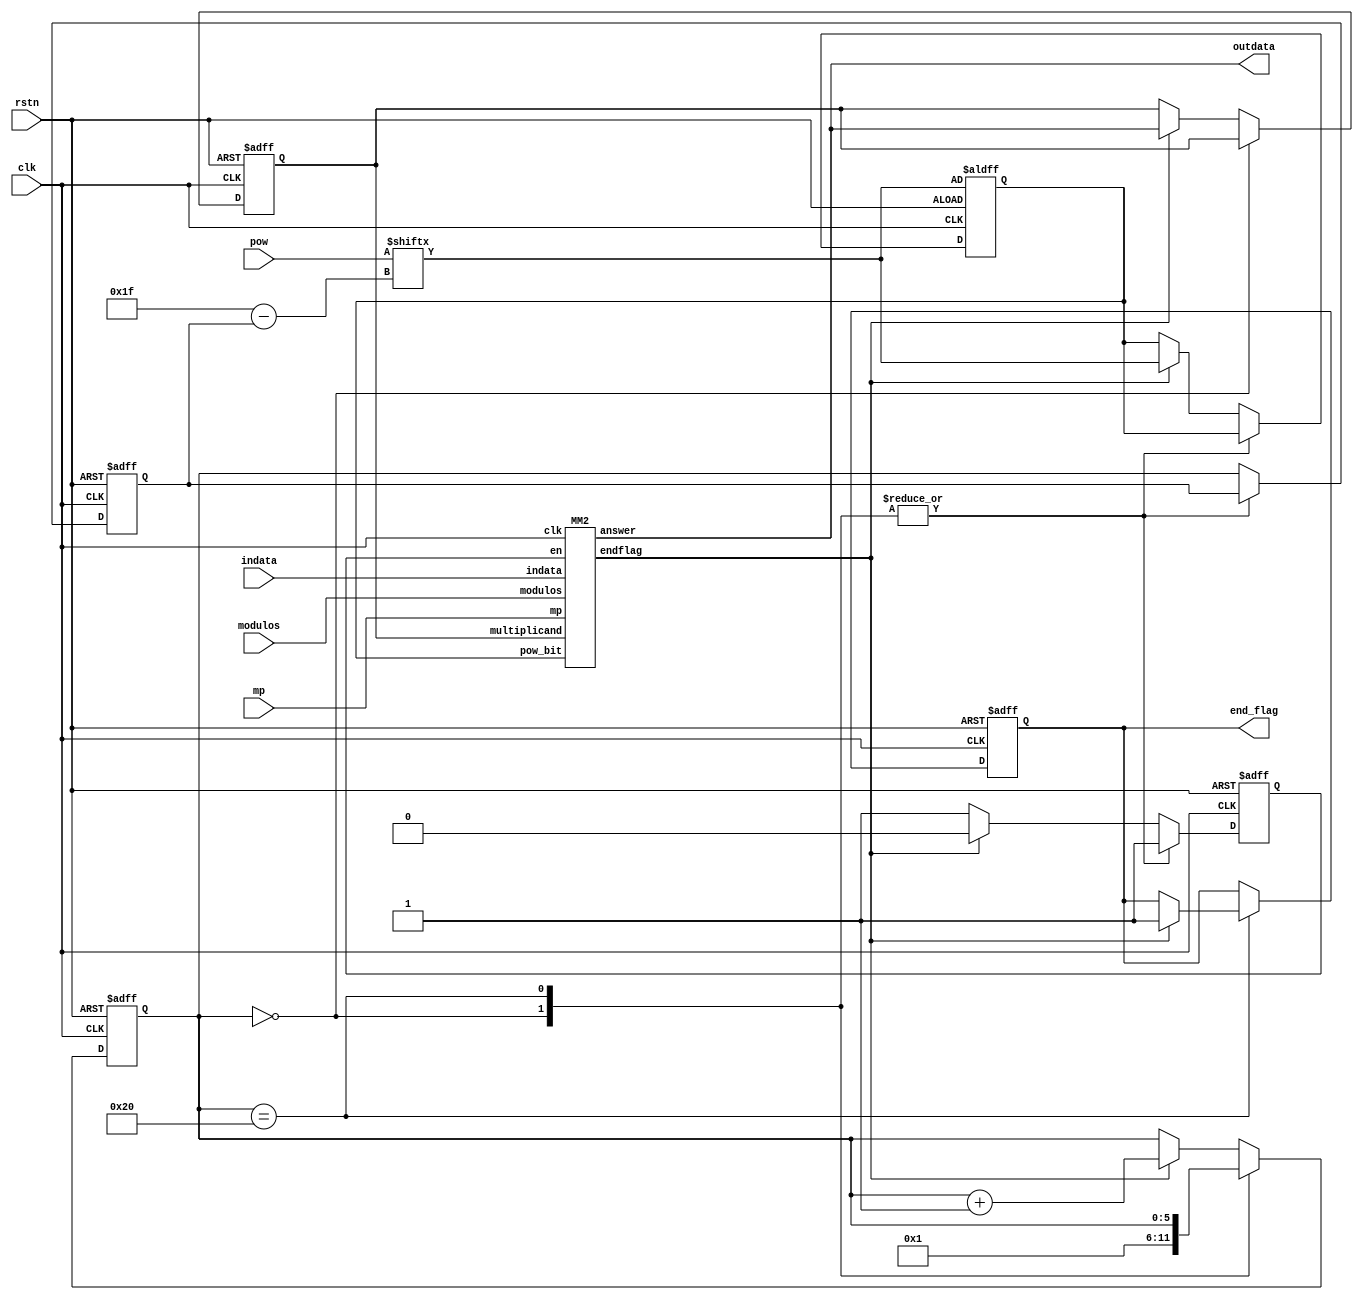
`timescale 1ns / 1ps
   
module RSA2(
        input clk, rstn,
        input[255:0] indata, modulos, 
        input[31:0] pow, mp,
        output[255:0] outdata, output end_flag
    );
    reg[5:0] state, state1; 
    reg en; 
    reg[255:0] answer;
    reg flag;
    reg pow_bit;
    
    assign end_flag = flag;
    wire[5:0] index = 6'd31 - state1;
    wire slave_endflag;

    MM2 Slave(.clk(clk),.en(en),.modulos(modulos),
        .mp(mp),.indata(indata),.multiplicand(answer),
        .endflag(slave_endflag),.answer(outdata),.pow_bit(pow_bit));
    
    always@(posedge clk or negedge rstn) begin
        if(!rstn) begin 
            state <= 6'd0;
            state1 <= 6'd0;
            en <= 0;
            answer <= 256'h212ba4f27ffffff5a2c62effffffffcdb939ffffffffff8a15ffffffffffff8e; //?????l?????
            pow_bit <= pow[index]; 
            flag <= 0;   
        end else begin 
            case (state)
                6'd0: begin
                    state <= 6'd1;
                    en <= 1;
                end 
                6'd32: begin
                    en <= 1;
                    if (slave_endflag) begin
                        answer <= outdata;
                        flag <= 1;
                    end else begin
                        ;
                    end
                end
                default: begin
                    en <= 1;
                    state1 <= state;
                    if (slave_endflag) begin
                        answer <= outdata;
                        en <= 0;
                        pow_bit <= pow[index];
                        state <= state + 6'd1;
                    end else begin
                        ;
                    end
                end
            endcase  
        end   
    end
endmodule

module MM2(input clk, en, pow_bit, 
    input[255:0] modulos, indata, multiplicand, 
    input[31:0] mp, output endflag, output[255:0] answer
);
    reg[4:0] state; 
    reg endflag1;
    reg[255:0] answer1;
    reg[31:0] multiplier_part;
    reg[255:0] multiplicand1;
    // combinational logic
    wire[287:0] data1 = multiplicand1 * multiplier_part;//biA
    wire[31:0] data2 = answer1 + data1;
    wire[31:0] data3 = data2[31:0];
    wire[31:0] data4 = data3 * mp;  //qi
    wire[287:0] data5 = data4 * modulos; //qiM
    wire[287:0] data6 = answer + data5 + data1;
    wire[255:0] answer_next = data6[287:32];
    // wire[9:0] index = 31 + 32 * state;
    // wire[9:0] index1 = index - 256;

    assign endflag = endflag1;
    assign answer = answer1; 

    // always @(posedge clk) begin
    //     if (!en) begin
    //         state <= 5'd0;
    //         endflag1 <= 0;
    //         answer1 <= 256'b0;
    //         multiplicand1 <= multiplicand;
    //         multiplier_part <= multiplicand[31:0];
    //     end else begin
    //         case (state)
    //             5'd7: begin
    //                 if (pow_bit == 1) begin
    //                     state <= state + 1;
    //                     answer1 <= answer_next;
    //                 end else if (pow_bit == 0) begin
    //                     state <= 5'd17;
    //                     endflag1 <= 1;
    //                     answer1 <= answer_next;
    //                 end
    //             end 
    //             5'd8: begin
    //                 multiplicand1 <= answer1;
    //                 answer1 <= 256'b0;
    //                 multiplier_part <= indata[31:0];
    //                 state <= state + 1;
    //             end
    //             5'd16: begin
    //                 answer1 <= answer_next;
    //                 endflag1 <= 1;
    //                 state <= state + 1;
    //             end
    //             5'd17: begin
    //                 endflag1 <= 0;
    //             end
    //             default: begin
    //                 state <= state + 1;
    //             end
    //         endcase
    //     end
    // end  
    
    // always @(state) begin
    //     if (state >= 5'd0 && state <= 5'd6 && en) begin
    //         multiplier_part <= multiplicand[index-:6'd32];
    //         answer1 <= answer_next; 
    //     end else if (state >= 5'd9 && state <= 5'd15 && en) begin
    //         multiplier_part <= indata[index1-:6'd32];
    //         answer1 <= answer_next;
    //     end 
    // end

    always @(posedge clk) begin
        if (!en) begin
            state <= 5'd0;
            endflag1 <= 0;
            answer1 <= 256'b0;
            multiplicand1 <= multiplicand;
            multiplier_part <= multiplicand[31:0];
        end else begin
            case (state)
                5'd0: begin 
                    multiplier_part <= multiplicand[63:32];
                    answer1 <= answer_next; 
                    state <= state+1;
                end 
                5'd1:begin
                    multiplier_part <= multiplicand[95:64];
                    answer1 <= answer_next; 
                    state <= state+1;
                end
                5'd2: begin 
                    multiplier_part <= multiplicand[127:96];
                    answer1 <= answer_next; 
                    state <= state+1;
                end 
                5'd3:begin
                    multiplier_part <= multiplicand[159:128];
                    answer1 <= answer_next; 
                    state <= state+1;
                end
                5'd4: begin 
                    multiplier_part <= multiplicand[191:160];
                    answer1 <= answer_next; 
                    state <= state+1;
                end 
                5'd5:begin
                    multiplier_part <= multiplicand[223:192];
                    answer1 <= answer_next; 
                    state <= state+1;
                end
                5'd6: begin
                    multiplier_part <= multiplicand[255:224];
                    answer1 <= answer_next; 
                    state <= state+1; 
                end 
                5'd7:begin
                    if (pow_bit) begin 
                       state <= state + 1;
                       answer1 <= answer_next;
                    end else begin
                       state <= 5'd17; 
                       answer1 <= answer_next;
                       endflag1 <= 1;   
                    end 
                end
                5'd8: begin 
                    multiplicand1 <= answer1;
                    answer1 <= 256'b0;
                    multiplier_part <= indata[31:0];
                    state <= state + 1;
                end 
                5'd9:begin
                    multiplier_part <= indata[63:32];
                    answer1 <= answer_next;
                    state <= state + 1; 
                end
                5'd10: begin 
                    multiplier_part <= indata[95:64];
                    answer1 <= answer_next;
                    state <= state + 1; 
                end 
                5'd11:begin
                    multiplier_part <= indata[127:96];
                    answer1 <= answer_next;
                    state <= state + 1;                    
                end
                5'd12: begin
                    multiplier_part <= indata[159:128];
                    answer1 <= answer_next;
                    state <= state + 1;  
                end 
                5'd13:begin
                    multiplier_part <= indata[191:160];
                    answer1 <= answer_next;
                    state <= state + 1; 
                end
                5'd14: begin
                    multiplier_part <= indata[223:192];
                    answer1 <= answer_next;
                    state <= state + 1;  
                end 
                5'd15:begin
                    multiplier_part <= indata[255:224];
                    answer1 <= answer_next;
                    state <= state + 1; 
                end
                5'd16: begin
                    answer1 <= answer_next;
                    state <= state + 1;   
                    endflag1 <= 1; 
                end 
                5'd17:begin
                    endflag1 <= 0;
                end
                default: begin
                    ;
                end
            endcase
        end
    end   
endmodule